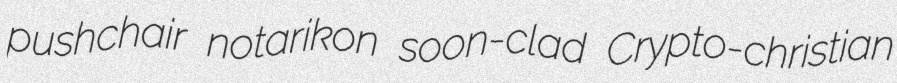
pushchair notarikon soon-clad Crypto-christian